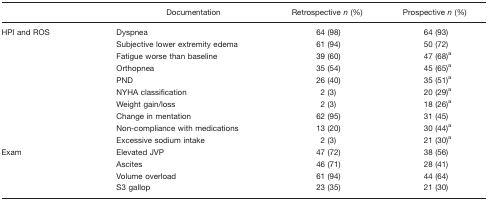
<table><thead><tr><td></td><td><b>Documentation</b></td><td><b>Retrospective <i>n</i> (%)</b></td><td><b>Prospective <i>n</i> (%)</b></td></tr></thead><tbody><tr><td>HPI and ROS</td><td>Dyspnea</td><td>64 (98)</td><td>64 (93)</td></tr><tr><td></td><td>Subjective lower extremity edema</td><td>61 (94)</td><td>50 (72)</td></tr><tr><td></td><td>Fatigue worse than baseline</td><td>39 (60)</td><td>47 (68)a</td></tr><tr><td></td><td>Orthopnea</td><td>35 (54)</td><td>45 (65)a</td></tr><tr><td></td><td>PND</td><td>26 (40)</td><td>35 (51)a</td></tr><tr><td></td><td>NYHA classification</td><td>2 (3)</td><td>20 (29)a</td></tr><tr><td></td><td>Weight gain/loss</td><td>2 (3)</td><td>18 (26)a</td></tr><tr><td></td><td>Change in mentation</td><td>62 (95)</td><td>31 (45)</td></tr><tr><td></td><td>Non-compliance with medications</td><td>13 (20)</td><td>30 (44)a</td></tr><tr><td></td><td>Excessive sodium intake</td><td>2 (3)</td><td>21 (30)a</td></tr><tr><td>Exam</td><td>Elevated JVP</td><td>47 (72)</td><td>38 (56)</td></tr><tr><td></td><td>Ascites</td><td>46 (71)</td><td>28 (41)</td></tr><tr><td></td><td>Volume overload</td><td>61 (94)</td><td>44 (64)</td></tr><tr><td></td><td>S3 gallop</td><td>23 (35)</td><td>21 (30)</td></tr></tbody></table>